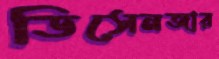
ডিসেনজার